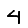
Digit: 4